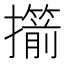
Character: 擶